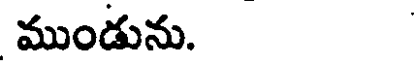
ముండును.